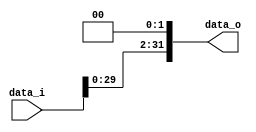
//Writer:      0416021 0416246

module Shift_Left_Two_32(
    data_i,
    data_o
    );

//I/O ports                    
input [32-1:0] data_i;
output [32-1:0] data_o;

//shift left 2
assign data_o = {data_i[29:0], 2'b0}; 
endmodule